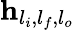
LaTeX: \mathbf{h}_{l_{i},l_{f},l_{o}}